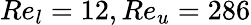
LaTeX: Re_{l}=12,Re_{u}=286